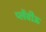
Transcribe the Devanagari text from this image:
प्लेंवीऊ